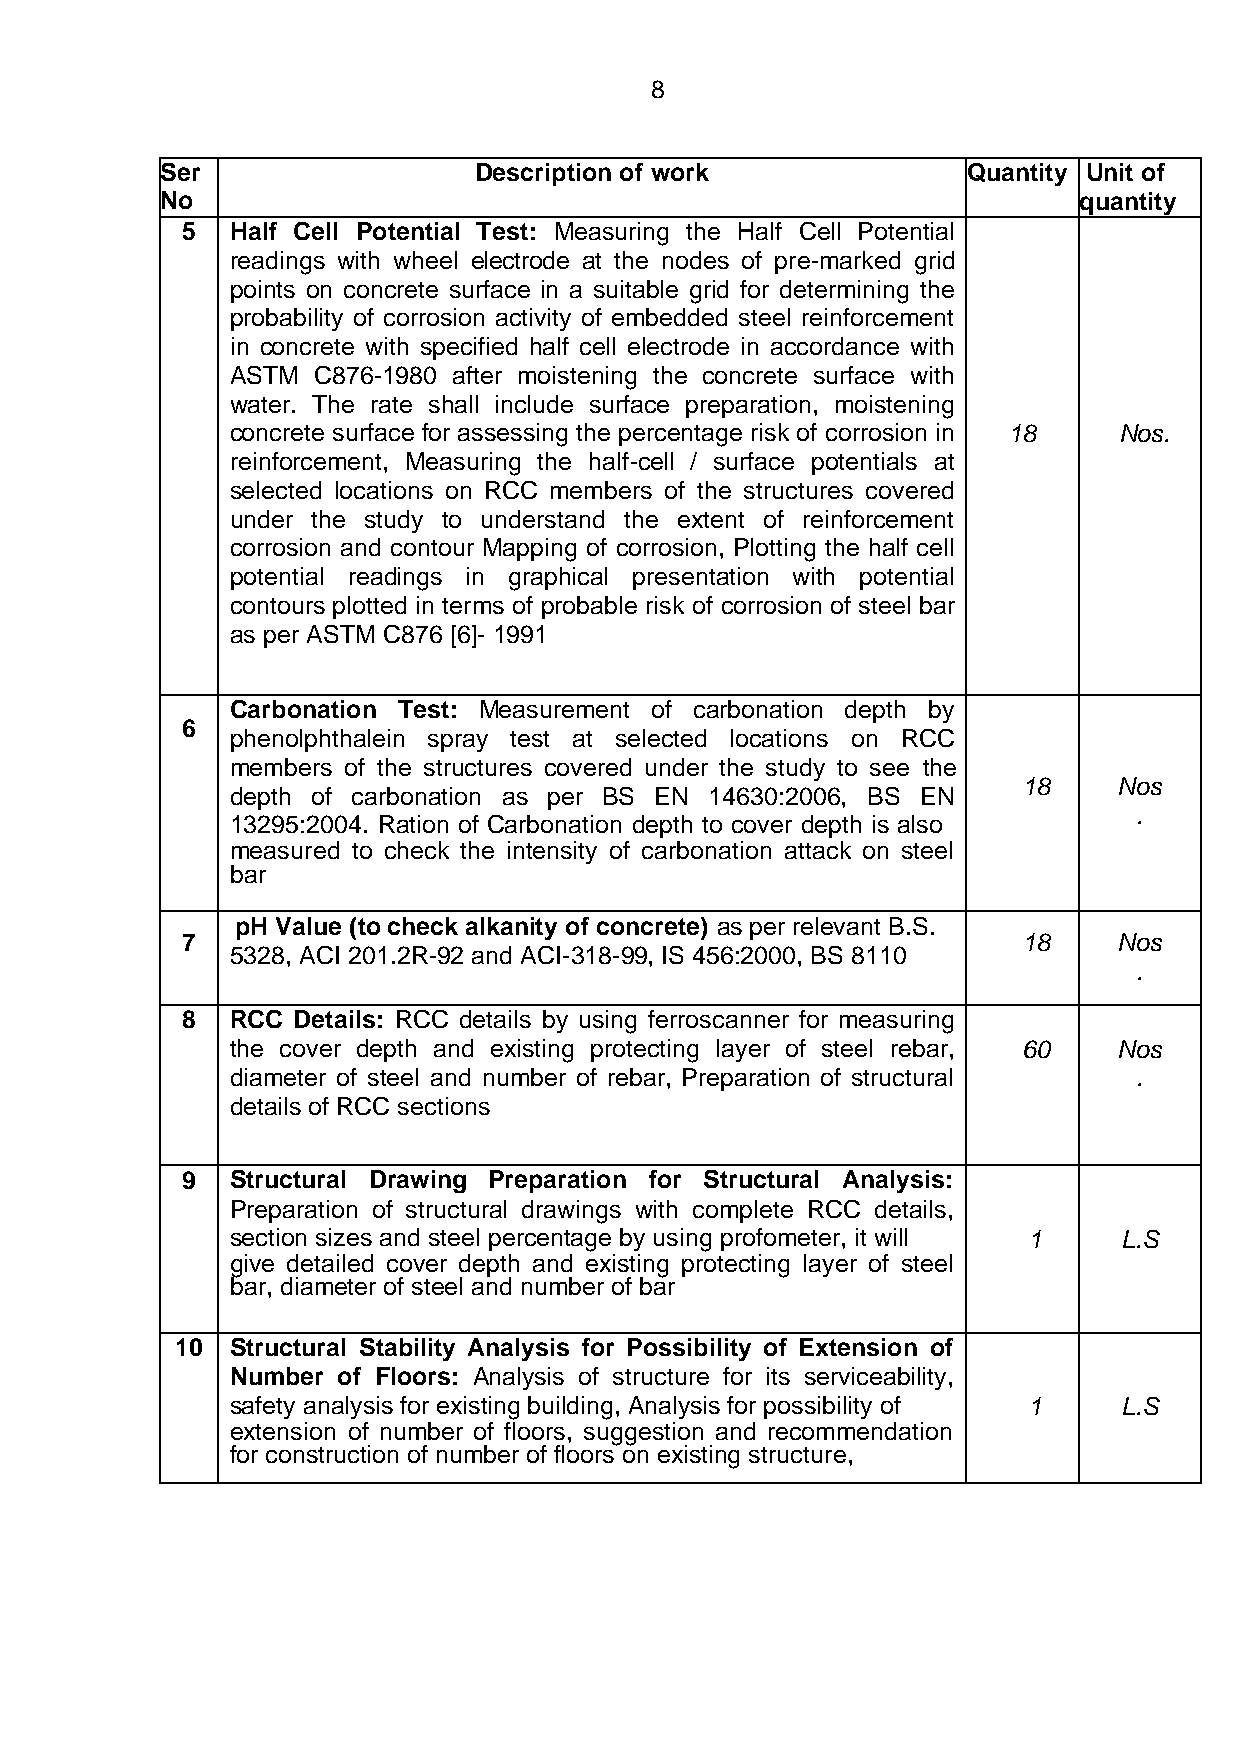
8
 Ser                 Description of work              Quantity Unit of
 No                                                          quantity
 5  Half Cell Potential Test: Measuring the Half Cell Potential
 readings with wheel electrode at the nodes of pre-marked grid
 points on concrete surface in a suitable grid for determining the
 probability of corrosion activity of embedded steel reinforcement
 in concrete with specified half cell electrode in accordance with
 ASTM  C876-1980 after moistening the concrete surface with
 water. The rate shall include surface preparation, moistening
 concrete surface for assessing the percentage risk of corrosion in 18 Nos.
 reinforcement, Measuring the half-cell / surface potentials at
 selected locations on RCC members of the structures covered
 under the study to understand the extent of reinforcement
 corrosion and contour Mapping of corrosion, Plotting the half cell
 potential readings in graphical presentation with potential
 contours plotted in terms of probable risk of corrosion of steel bar
 as per ASTM C876 [6]- 1991
 Carbonation Test: Measurement of carbonation depth by
 6
 phenolphthalein spray test at selected locations on RCC
 members of the structures covered under the study to see the
 18    Nos
 depth of carbonation as per BS EN 14630:2006, BS EN
 .
 13295:2004. Ration of Carbonation depth to cover depth is also
 measured to check the intensity of carbonation attack on steel
 bar
 pH Value (to check alkanity of concrete) as per relevant B.S.
 7                                                       18    Nos
 5328, ACI 201.2R-92 and ACI-318-99, IS 456:2000, BS 8110
 .
 8  RCC Details: RCC details by using ferroscanner for measuring
 the cover depth and existing protecting layer of steel rebar, 60 Nos
 diameter of steel and number of rebar, Preparation of structural .
 details of RCC sections
 9  Structural Drawing Preparation for Structural Analysis:
 Preparation of structural drawings with complete RCC details,
 section sizes and steel percentage by using profometer, it will 1 L.S
 give detailed cover depth and existing protecting layer of steel
 bar, diameter of steel and number of bar
 10 Structural Stability Analysis for Possibility of Extension of
 Number of Floors: Analysis of structure for its serviceability,
 safety analysis for existing building, Analysis for possibility of 1 L.S
 extension of number of floors, suggestion and recommendation
 for construction of number of floors on existing structure,